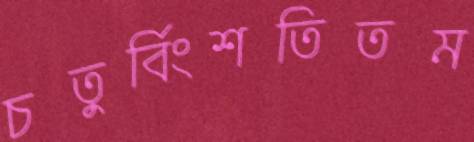
চতুর্বিংশতিতম